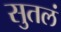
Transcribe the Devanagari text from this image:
सुतलं